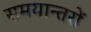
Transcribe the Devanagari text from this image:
समयान्तरों